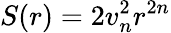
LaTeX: S(r)=2v_{n}^{2}r^{2n}